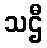
သဌီ